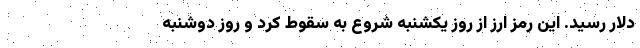
دلار رسید. این رمز ارز از روز یکشنبه شروع به سقوط کرد و روز دوشنبه